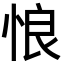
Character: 悢